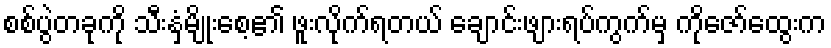
စစ်ပွဲတခုကို သီးနှံမျိုးစေ့၏ ဖူးလိုက်ရတယ် ချောင်းဖျားရပ်ကွက်မှ ကိုဇော်ထွေးက